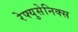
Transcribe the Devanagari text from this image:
रेफ्युसेनिक्स